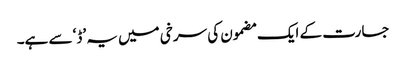
جسارت کے ایک مضمون کی سرخی میں یہ ’ڈ‘ سے ہے۔